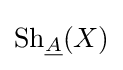
{\text{Sh}}_{\underline {A}}(X)